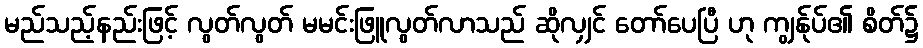
မည်သည့်နည်းဖြင့် လွတ်လွတ် မမင်းဖြူလွတ်လာသည် ဆိုလျှင် တော်ပေပြီ ဟု ကျွန်ုပ်၏ စိတ်၌